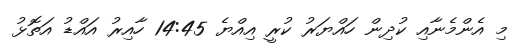
މި އެންމެނާއި ކުދިން ހައްޔަރު ކުރީ އިއްޔެ 14:45 ހާއިރު އައްޑު އަތޮޅު